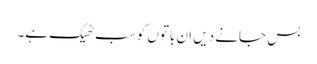
بس جانے دیں ان باتوں کو سب ٹھیک ہے۔